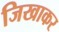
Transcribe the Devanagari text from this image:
जिखाकर